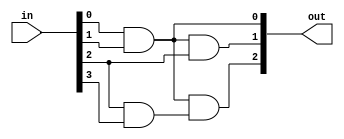
module and4(out, in);
input [3:0] in;
output [2:0] out; //out[i]: i+2 and

wire w;

assign out[0] = in[0] & in[1];
assign out[1] = out[0] & in[2];
assign w = in[2] & in[3];
assign out[2] = out[0] & w;

endmodule